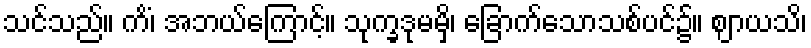
သင်သည်။ ကိံ၊ အဘယ်ကြောင့်။ သုက္ခဒုမမှိ၊ ခြောက်သောသစ်ပင်၌။ ဈာယသိ၊